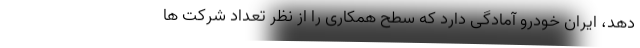
دهد، ایران خودرو آمادگی دارد که سطح همکاری را از نظر تعداد شرکت ها